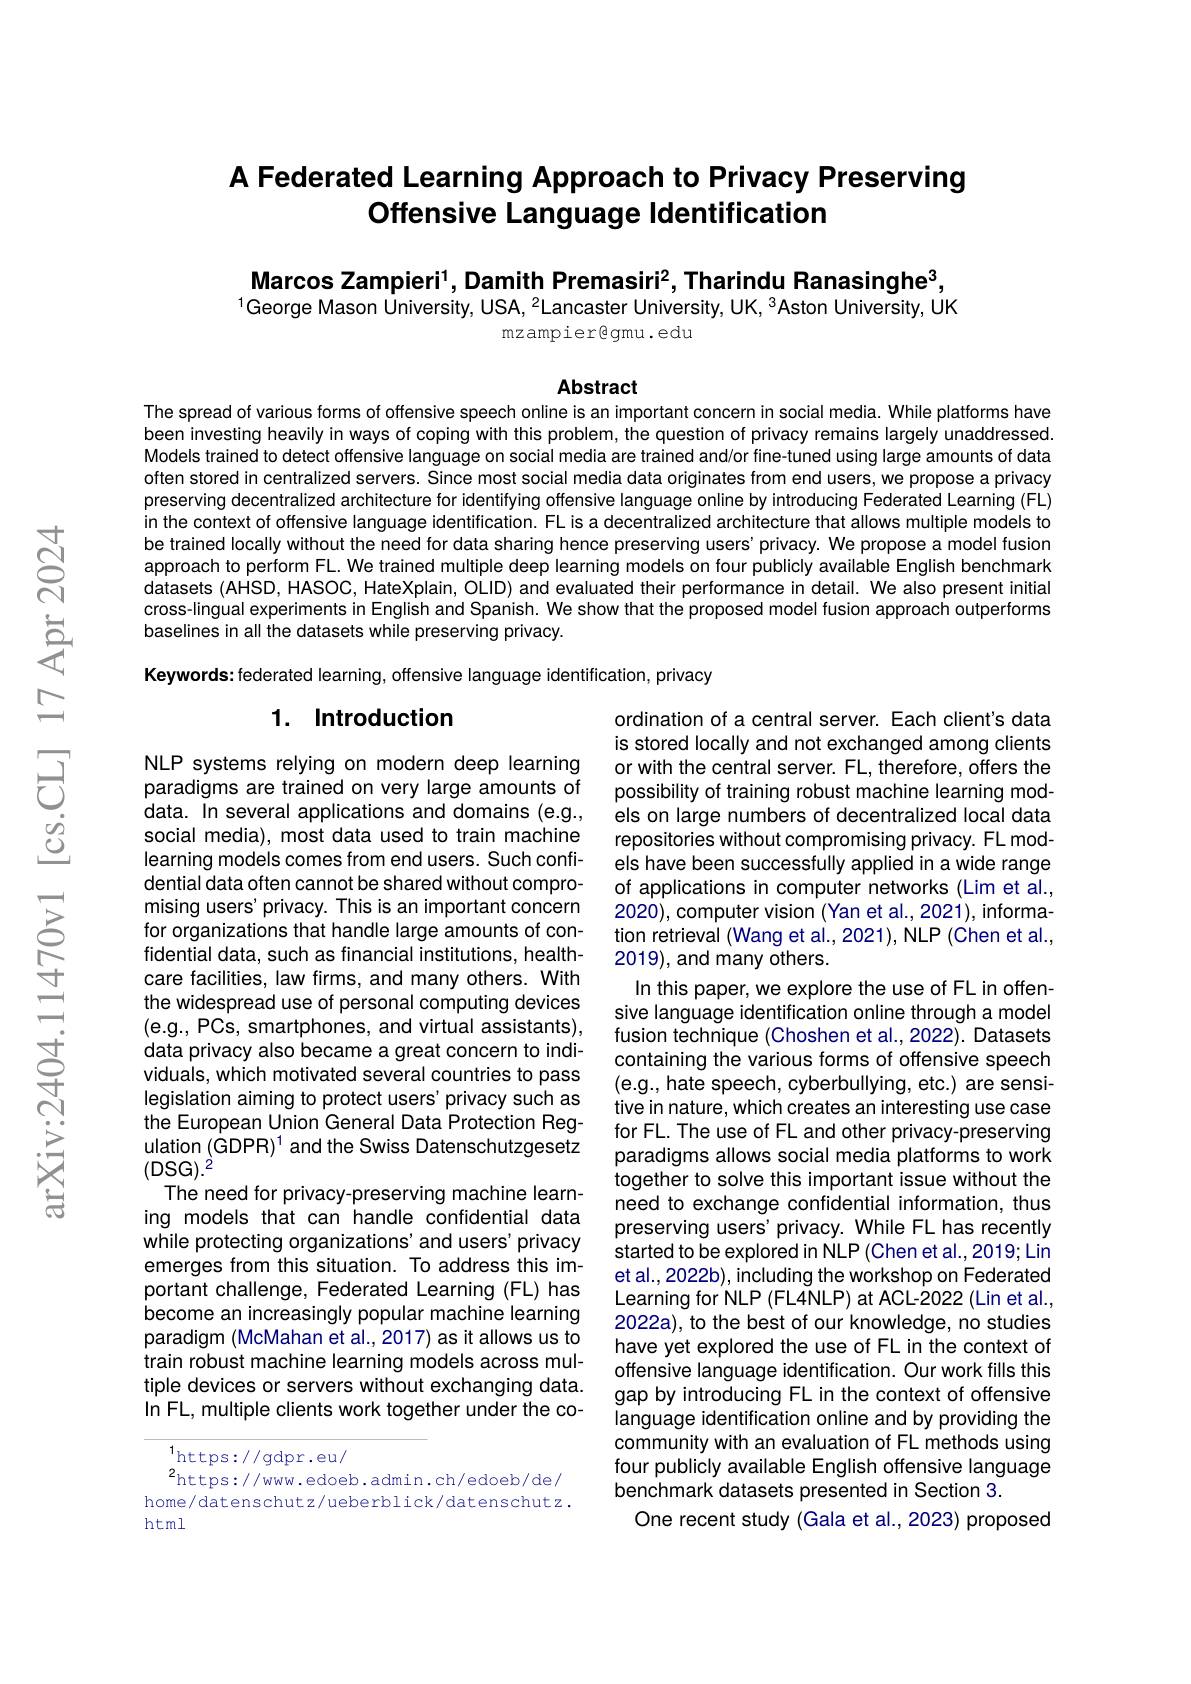
# A Federated Learning Approach to Privacy Preserving Offensive Language Identification

Marcos Zampieri$^1$,Damith Premasiri$^2$,Tharindu Ranasinghe$^3$, $^{1}$George Mason University, USA, $^2$Lancaster University, UK, $^3$Aston University, UK
mzampier@gmu.edu

Abstract

The spread of various forms of offensive speech online is an important concern in social media. While platforms have been investing heavily in ways of coping with this problem, the question of privacy remains largely unaddressed. Models trained to detect offensive language on social media are trained and/or fine-tuned using large amounts of data often stored in centralized servers. Since most social media data originates from end users, we propose a privacy preserving decentralized architecture for identifying offensive language online by introducing Federated Learning (FL) in the context of offensive language identification. FL is a decentralized architecture that allows multiple models to be trained locally without the need for data sharing hence preserving users' privacy. We propose a model fusion approach to perform FL. We trained multiple deep learning models on four publicly available English benchmark datasets (AHSD, HASOC, HateXplain, OLID) and evaluated their performance in detail. We also present initial cross-lingual experiments in English and Spanish. We show that the proposed model fusion approach outperforms baselines in all the datasets while preserving privacy.

Keywords: federated learning, offensive language identification, privacy

### 1. Introduction

NLP systems relying on modern deep learning paradigms are trained on very large amounts of data. In several applications and domains (e.g., social media), most data used to train machine learning models comes from end users. Such confidential data often cannot be shared without compromising users' privacy. This is an important concern for organizations that handle large amounts of confidential data, such as financial institutions, healthcare facilities, law firms, and many others. With the widespread use of personal computing devices (e.g., PCs, smartphones, and virtual assistants), data privacy also became a great concern to individuals, which motivated several countries to pass legislation aiming to protect users' privacy such as the European Union General Data Protection Regulation (GDPR) $^1$ and the Swiss Datenschutzgesetz (DSG$).^2$
The need for privacy-preserving machine learning models that can handle confidential data while protecting organizations'and users' privacy emerges from this situation. To address this important challenge, Federated Learning (FL) has become an increasingly popular machine learning paradigm (McMahan et al.,2017) as it allows us to train robust machine learning models across multiple devices or servers without exchanging data. In FL, multiple clients work together under the co-

ordination of a central server. Each client's data is stored locally and not exchanged among clients or with the central server. FL, therefore, offers the possibility of training robust machine learning models on large numbers of decentralized local data repositories without compromising privacy. FL models have been successfully applied in a wide range of applications in computer networks (Lim et al., 2020), computer vision (Yan et al., 2021), information retrieval (Wang et al., 2021), NLP (Chen et al., 2019), and many others.
In this paper, we explore the use of FL in offensive language identification online through a model fusion technique (Choshen et al.,2022). Datasets containing the various forms of offensive speech (e.g., hate speech, cyberbullying, etc.) are sensitive in nature, which creates an interesting use case for FL. The use of FL and other privacy-preserving paradigms allows social media platforms to work together to solve this important issue without the need to exchange confidential information, thus preserving users' privacy. While FL has recently started to be explored in NLP (Chen et al., 2019; Lin et al., 2022b), including the workshop on Federated Learning for NLP (FL4NLP) at ACL-2022(Lin et al., 2022a), to the best of our knowledge, no studies have yet explored the use of FL in the context of offensive language identification. Our work fills this gap by introducing FL in the context of offensive language identification online and by providing the community with an evaluation of FL methods using four publicly available English offensive language benchmark datasets presented in Section 3.
One recent study (Gala et al., 2023) proposed

$\underset{2}{\operatorname*{1}}$https://gdpr.eu/
$^{2}$https://www.edoeb.admin.ch/edoeb/de/ home/datenschutz/ueberblick/datenschutz. html